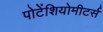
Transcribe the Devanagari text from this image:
पोटेंशियोमीटर्स